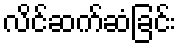
လိင်ဆက်ဆံခြင်း